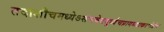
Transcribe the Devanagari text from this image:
तदाशौचमध्येऽसंभवेतदूर्ध्वंचप्रागब्दात्करणेज्ञेयं